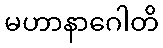
မဟာနာဂေါတိ